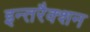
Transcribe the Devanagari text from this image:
इन्तरैक्शन